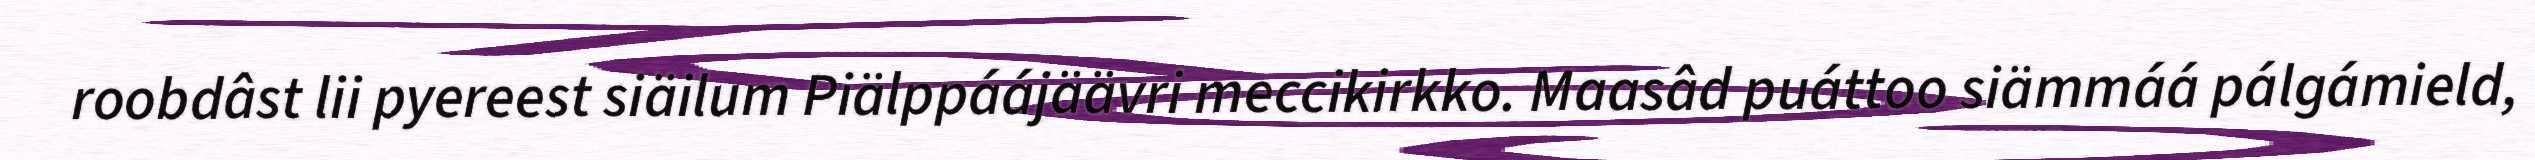
roobdâst lii pyereest siäilum Piälppáájäävri meccikirkko. Maasâd puáttoo siämmáá pálgámield,